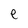
Character: e